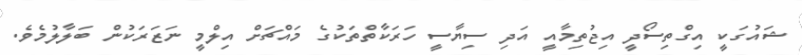
ޝައުގަކީ އިގްތިސޯދީ އިޖުތިމާއީ އަދި ސިޔާސީ ހަރަކާތްތަކުގެ މައްޗަށް އިލްމީ ނަޒަރަކުން ބަލާލުމެވެ.